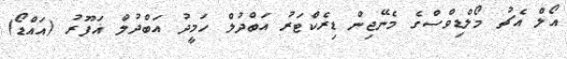
އޯލް އެޗު މޯލްޑިވްސްގެ މެނޭޖިން ޑިރެކްޓަރު އަބްދުލް ހަމީދު އަބްދުލް ޣަފޫރު (އައްޑޯ)